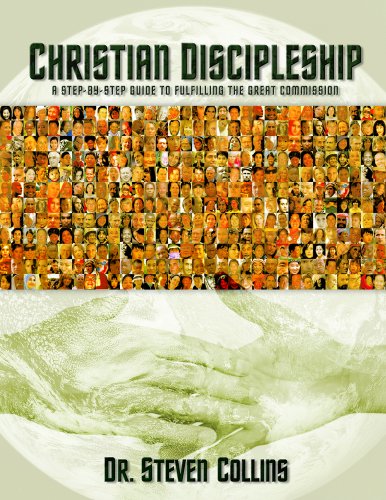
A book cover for Christian Discipleship: A Step-By-Step Guide to Fulfiling the Great Commission; Steven Collins; Religion & Spirituality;